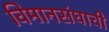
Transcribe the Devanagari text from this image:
विमानसंघाची